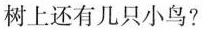
树上还有几只小鸟?